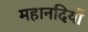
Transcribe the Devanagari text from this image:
महानदियों